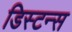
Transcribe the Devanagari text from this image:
डिस्‍टन्स